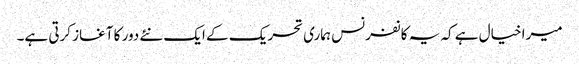
میرا خیال ہے کہ یہ کانفرنس ہماری تحریک کے ایک نئے دور کا آغاز کرتی ہے۔